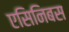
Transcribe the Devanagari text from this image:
एसिनिबस